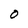
Character: 0